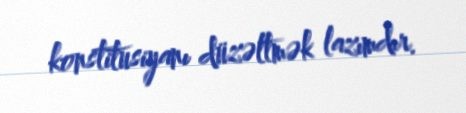
konstitusiyanı düzəltmək lazımdır.